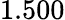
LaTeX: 1.500